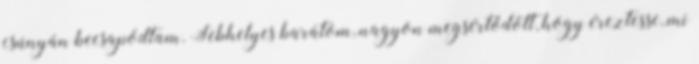
csúnyán becsapódtam. Sebhelyes barátom, nagyon megsértődött, hogy éreztesse, mi